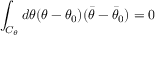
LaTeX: \int _ { { \cal C } _ { \theta } } d \theta ( \theta - \theta _ { 0 } ) ( \bar { \theta } - \bar { \theta } _ { 0 } ) = 0